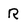
Character: R